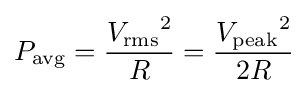
P_{\mathrm {avg} }={\frac {{V_{\mathrm {rms} }}^{2}}{R}}={\frac {{V_{\mathrm {peak} }}^{2}}{2R}}